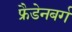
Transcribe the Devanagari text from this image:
फ्रैडेनबर्ग